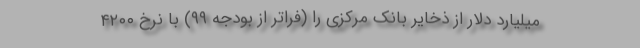
میلیارد دلار از ذخایر بانک مرکزی را (فراتر از بودجه ۹۹) با نرخ ۴۲۰۰